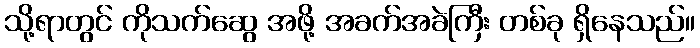
သို့ရာတွင် ကိုသက်ဆွေ အဖို့ အခက်အခဲကြီး တစ်ခု ရှိနေသည်။